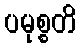
ပမုစ္စတိ